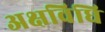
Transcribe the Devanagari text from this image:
अक्षविधि